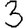
Digit: 3